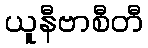
ယူနီဗာစီတီ